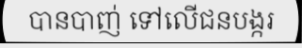
បានបាញ់ ទៅលើជនបង្ករ